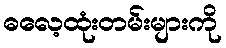
ဓလေ့ထုံးတမ်းများကို